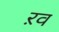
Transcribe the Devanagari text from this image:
ऱव